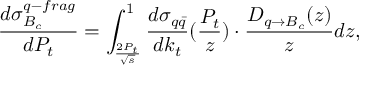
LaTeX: \frac { d \sigma _ { B _ { c } } ^ { q - f r a g } } { d P _ { t } } = \int _ { \frac { 2 P _ { t } } { \sqrt { s } } } ^ { 1 } \frac { d \sigma _ { q \bar { q } } } { d k _ { t } } ( \frac { P _ { t } } { z } ) \cdot \frac { D _ { q \rightarrow B _ { c } } ( z ) } { z } d z ,